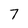
Character: 7